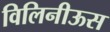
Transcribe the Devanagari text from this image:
विलिनीऊस